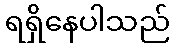
ရရှိနေပါသည်